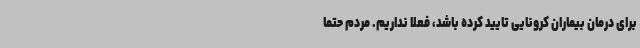
برای درمان بیماران کرونایی تایید کرده باشد، فعلا نداریم. مردم حتما